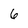
Character: 6